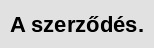
A szerződés.